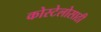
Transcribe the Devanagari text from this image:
कोस्टेलोसाठी